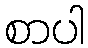
စာပါ